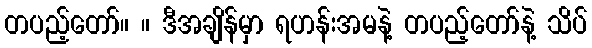
တပည့်တော်။ ။ ဒီအချိန်မှာ ရဟန်းအမနဲ့ တပည့်တော်နဲ့ သိပ်